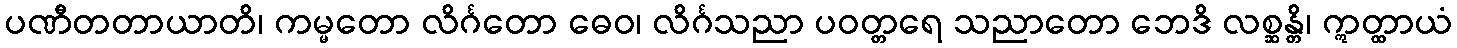
ပဏီတတာယာတိ၊ ကမ္မတော လိင်္ဂတော ဓေဝ၊ လိင်္ဂသညာ ပဝတ္တရေ သညာတော ဘေဒိ လစ္ဆန္တိ၊ ဣတ္ထာယံ